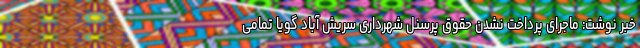
خبر نوشت: ماجرای پرداخت نشدن حقوق پرسنل شهرداری سریش آباد گویا تمامی